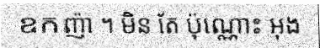
ឧកញ៉ា ។ មិន តែ ប៉ុណ្ណោះ អុង